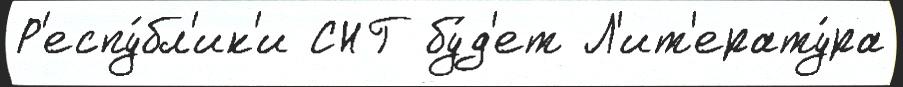
Р'еспу́бл'ик'и СНГ бу́д'ет Л'ит'ерату́ра